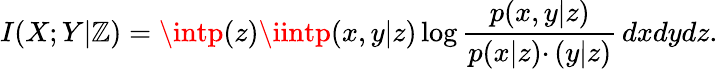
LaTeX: I(X;Y|\mathbb{Z})=\intp(z)\iintp(x,y|z)\log\frac{{p(x,y|z)}}{{p(x|z)\cdotp(y|z)}}\, dxdydz.